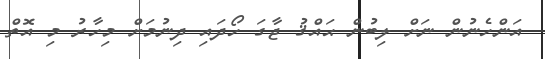
އަންހެނުން ނަށް ލިބުން ޙައްޤު ޖާގަ ހޯދައި ދިނުމަށް މިހާރު މި އޮތް